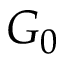
G _ { 0 }